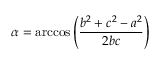
\alpha = \operatorname { a r c c o s } \left( { \frac { b ^ { 2 } + c ^ { 2 } - a ^ { 2 } } { 2 b c } } \right)